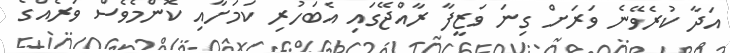
އަދާ ކުރެވޭނެ ވަރަށް ގިނަ ވަޒީފާ ރާއްޖޭގައި އެބަހުރި ކަމަށާއި ކޮންމެވެސް ވަރެއްގެ